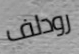
رودلف